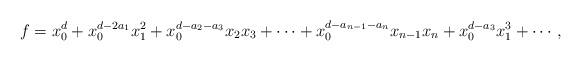
LaTeX: \begin{align*}f = x_0^d + x_0^{d-2 a_1} x_1^2 + x_0^{d-a_2-a_3} x_2 x_3 + \cdots + x_0^{d-a_{n-1} - a_n} x_{n-1} x_n + x_0^{d-a_3} x_1^3 + \cdots,\end{align*}